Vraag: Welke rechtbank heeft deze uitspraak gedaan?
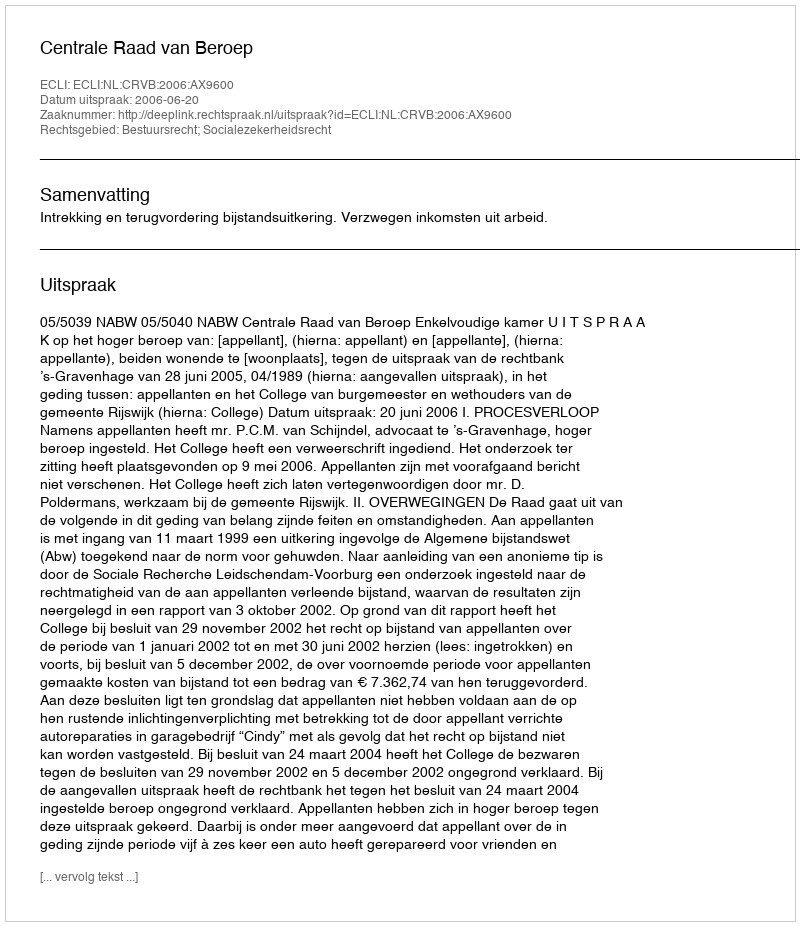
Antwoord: Centrale Raad van Beroep